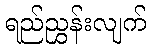
ရည်ညွှန်းလျက်